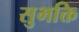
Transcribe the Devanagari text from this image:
सुभक्ति